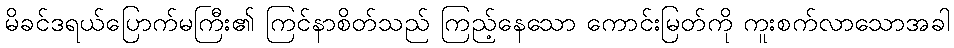
မိခင်ဒရယ်ပြောက်မကြီး၏ ကြင်နာစိတ်သည် ကြည့်နေသော ကောင်းမြတ်ကို ကူးစက်လာသောအခါ